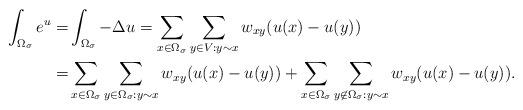
LaTeX: \begin{align*} \int_{\Omega_{\sigma}}e^u=&\int_{\Omega_{\sigma}}-\Delta u=\sum_{x\in\Omega_{\sigma}}\sum_{y\in V:y\sim x}w_{xy}(u(x)-u(y))\\=&\sum_{x\in\Omega_{\sigma}}\sum_{y\in \Omega_{\sigma}: y\sim x}w_{xy}(u(x)-u(y))+\sum_{x\in\Omega_{\sigma}}\sum_{y\not\in \Omega_{\sigma}: y\sim x}w_{xy}(u(x)-u(y)) .\end{align*}